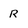
Character: R